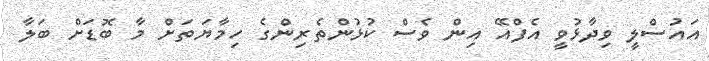
އައުސްލީ ވިދާޅުވީ އެފްއޭ އިން ވެސް ކުޅުންތެރިންގެ ހިމާޔަތަށް މާ ބޮޑަށް ބަލާ